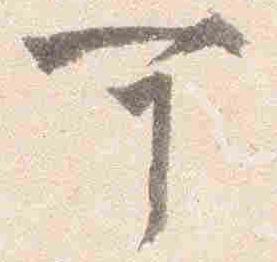
可